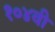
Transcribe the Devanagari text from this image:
१०४वी